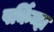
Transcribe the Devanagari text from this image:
पर्किन्झ